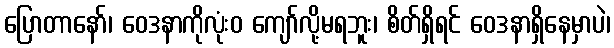
ပြောတာနော်၊ ဝေဒနာကိုလုံးဝ ကျော်လို့မရဘူး၊ စိတ်ရှိရင် ဝေဒနာရှိနေမှာပဲ၊